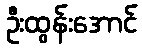
ဦးထွန်းအောင်